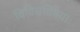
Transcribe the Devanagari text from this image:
विविधविषयाः